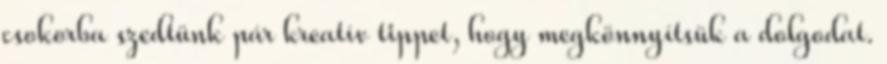
csokorba szedtünk pár kreatív tippet, hogy megkönnyítsük a dolgodat.